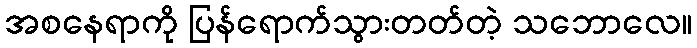
အစနေရာကို ပြန်ရောက်သွားတတ်တဲ့ သဘောလေ။